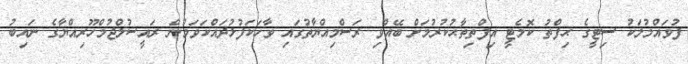
ފުވައްމުލަކު ސިޓީގެ ޙިފްޡު ކޮމެޓީ އިފްތިތާޙުކުރުމަށް ބޭއްވި ރަސްމިއްޔާތުގައި ވާހަކަފުޅުދައްކަވަމުން ރައީސުލްޖުމްހޫރިއްޔާގެ ނައިބު